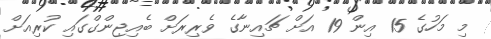
މި މަހުގެ 15 އިން 19 އަށް ޗައިނާގެ ވެރިރަށް ބެއިޖިންގްގައި ކުރިއަށް